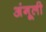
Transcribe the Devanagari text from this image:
अंगूली